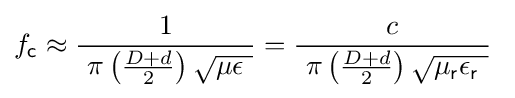
f_{\mathsf {c}}\approx {\frac {1}{\ \pi \left({\frac {D+d}{2}}\right){\sqrt {\mu \epsilon \ }}}}={\frac {c}{\ \pi \left({\frac {D+d}{2}}\right){\sqrt {\mu _{\mathsf {r}}\epsilon _{\mathsf {r}}\ }}}}~